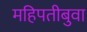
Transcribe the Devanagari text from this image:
महिपतीबुवा